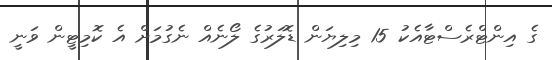
ގެ އިންޓްރެސްޓާއެކު 15 މިލިޔަން ޑޮލަރުގެ ލޯނެއް ނެގުމަށް އެ ކޮމިޓީން ވަނީ